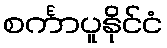
စင်္ကာပူနိုင်ငံ